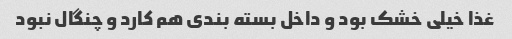
غذا خیلی خشک بود و داخل بسته بندی هم کارد و چنگال نبود